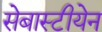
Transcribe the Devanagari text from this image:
सेबास्टीयेन